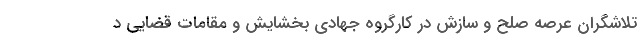
تلاشگران عرصه صلح و سازش در کارگروه جهادی بخشایش و مقامات قضایی د